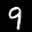
Label: 9